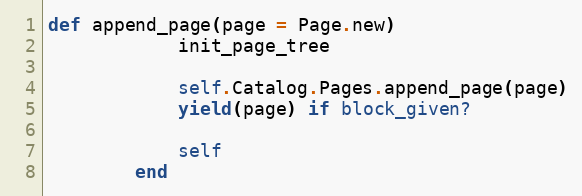
Language: Ruby
def append_page(page = Page.new)
            init_page_tree

            self.Catalog.Pages.append_page(page)
            yield(page) if block_given?

            self
        end